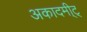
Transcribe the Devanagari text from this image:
अकादमी्ट्